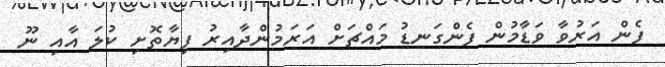
ފެން އަރުވާ ވަޑާމުން ފެންގަނޑު މައްޗަށް އަރަމުންދާއިރު ފިޔާތޮށި ކުލަ އާއި ނޫ